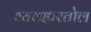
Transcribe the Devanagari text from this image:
व्यवहारतोल